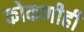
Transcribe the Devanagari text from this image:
कोकणीही